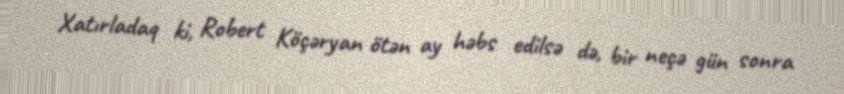
Xatırladaq ki, Robert Köçəryan ötən ay həbs edilsə də, bir neçə gün sonra